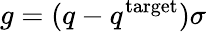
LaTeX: g=(q-q^{\mathrm{target}})\sigma